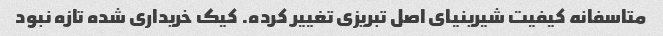
متاسفانه کیفیت شیرینیای اصل تبریزی تغییر کرده. کیک خریداری شده تازه نبود